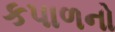
કપાળનો